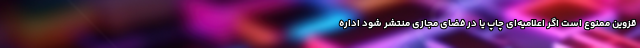
قزوین ممنوع است اگر اعلامیه‌ای چاپ یا در فضای مجازی منتشر شود اداره